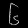
Digit: ၆